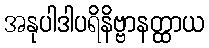
အနုပါဒါပရိနိဗ္ဗာနတ္ထာယ